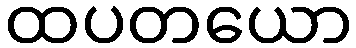
ထပတယော